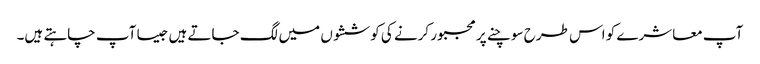
آپ معاشرے کو اس طرح سوچنے پر مجبور کرنے کی کوششوں میں لگ جاتے ہیں جیسا آپ چاہتے ہیں۔